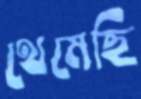
থেমেছি